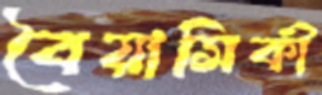
বৈয়াসিকী